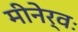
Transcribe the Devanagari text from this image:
मीनेर्वः